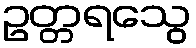
ဥတ္တရသွေ